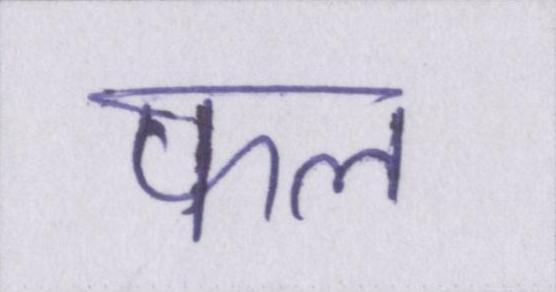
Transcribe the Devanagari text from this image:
फल